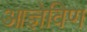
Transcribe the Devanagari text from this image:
आज्ञेविण